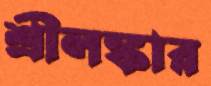
শ্রীলঙ্কার